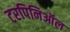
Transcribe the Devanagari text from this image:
टरपिनिऑल